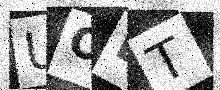
Text: UOLT